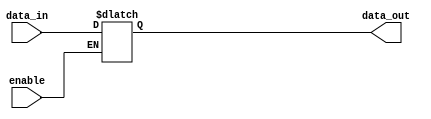
module comb_buffer (
    input data_in,
    input enable,
    output reg data_out
);

// Combinational logic block for buffer with enable
always @(*) begin
    if (enable) begin
        data_out = data_in;
    end
end

endmodule